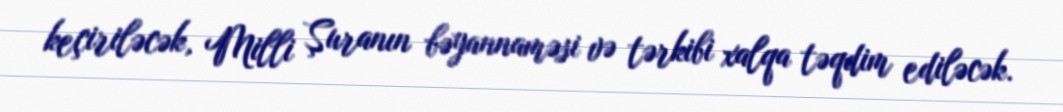
keçiriləcək, Milli Şuranın bəyannaməsi və tərkibi xalqa təqdim ediləcək.